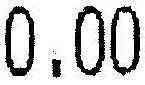
0.00